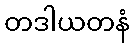
တဒါယတနံ